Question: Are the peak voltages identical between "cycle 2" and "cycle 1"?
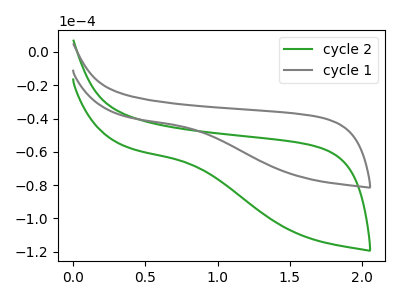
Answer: <think>The green curve "cycle 2" has no peaks. The gray curve "cycle 1" has no peaks.</think>
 <answer>Niether CV has any peaks.</answer>
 <eval>blanks</eval>